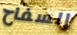
السفاح